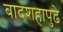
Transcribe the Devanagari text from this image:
बादशहापुढे